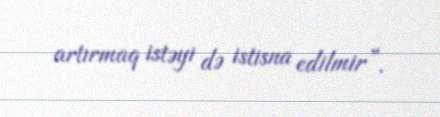
artırmaq istəyi də istisna edilmir”.